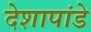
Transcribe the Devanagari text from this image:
देशापांडे